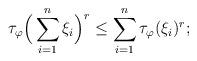
LaTeX: \begin{align*}\tau_{\varphi}\Big(\sum_{i=1}^n\xi_i\Big)^r\le \sum_{i=1}^n\tau_{\varphi}(\xi_i)^r;\end{align*}